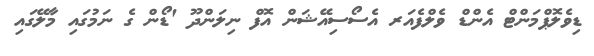
ޑިވެލޮޕްމަންޓް އެންޑް ވެލްފެއަރ އެސޯސިއޭޝަން އޮފް ނިލަންދޫ 'ޑޯން ގެ ނަމުގައި މާލޭގައި